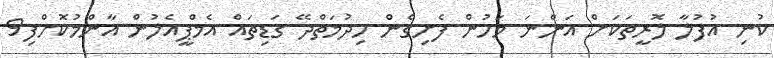
ކުނި އުފުލާ ލޮރީތަކަށް އަންނަ މަހުން ފެށިގެން ހިދުމަތްދޭ ގަޑިތައް އެމްޕީއެލުން އާންމުކޮށްފި9